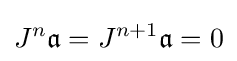
J^{n}{\mathfrak {a}}=J^{n+1}{\mathfrak {a}}=0